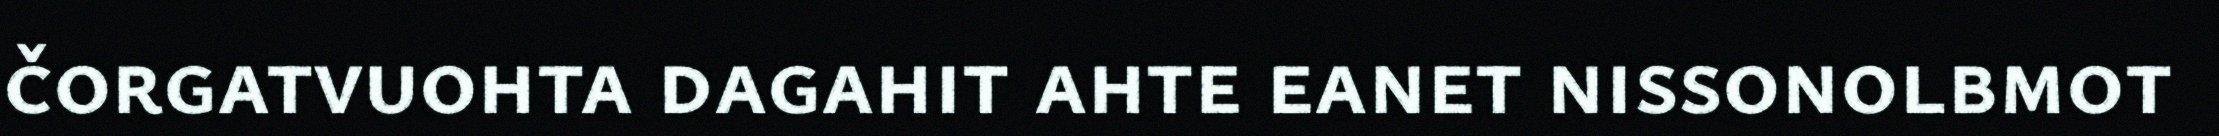
čorgatvuohta dagahit ahte eanet nissonolbmot